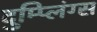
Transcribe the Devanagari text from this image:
दुम्प्लिंग्स